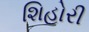
શિહોરી